Annual report of the Imperial Bacteriological Laboratory, Muktesar
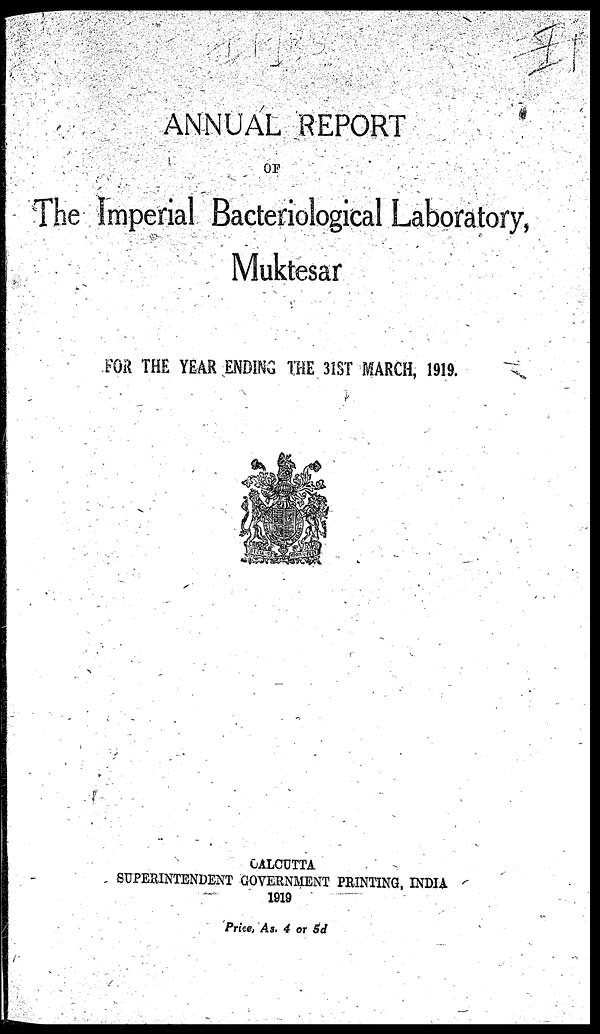
ANNUAL REPORT
OF
The Imperial Bacteriological Laboratory,
Muktesar
FOR THE YEAR ENDING THE 31ST MARCH, 1919.
CALCUTTA
SUPERINTENDENT GOVERNMENT PRINTING, INDIA
1919
Price, As. 4 or 5d